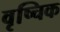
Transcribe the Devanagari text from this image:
वृष्चिक